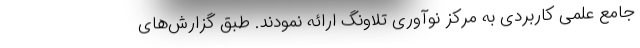
جامع علمی کاربردی به مرکز نوآوری تلاونگ ارائه نمودند. طبق گزارش‌های